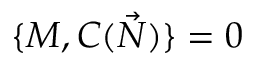
\{ M , C ( { \vec { N } } ) \} = 0